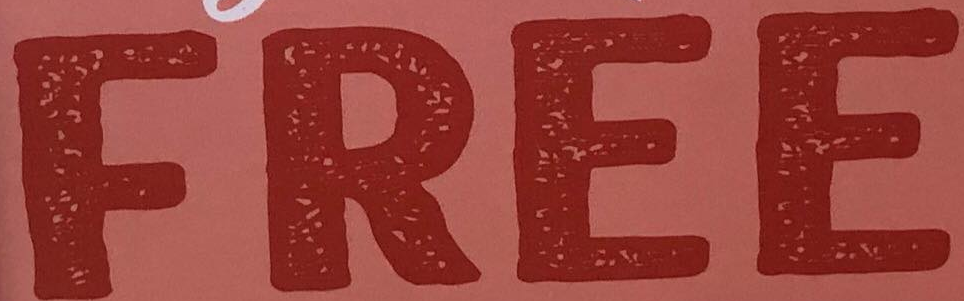
FREE